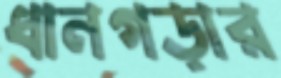
ধানগড়ার